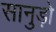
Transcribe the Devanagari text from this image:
सानुड़ो